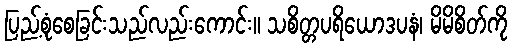
ပြည့်စုံစေခြင်းသည်လည်းကောင်း။ သစိတ္တပရိယောဒပနံ၊ မိမိစိတ်ကို